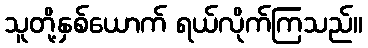
သူတို့နှစ်ယောက် ရယ်လိုက်ကြသည်။